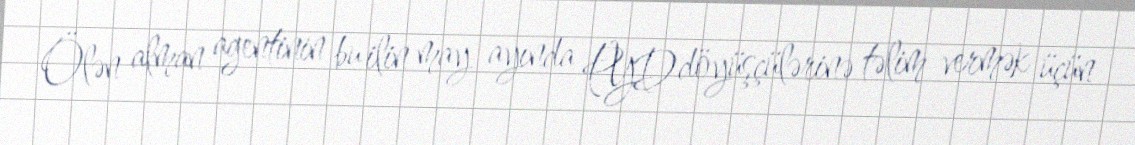
Ölən alman agentinin bu ilin may ayında PYD döyüşçülərinə təlim vermək üçün